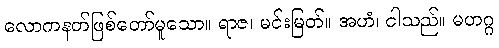
လောကနတ်ဖြစ်တော်မူသော။ ရာဇ၊ မင်းမြတ်။ အဟံ၊ ငါသည်။ မဟဂ္ဂ